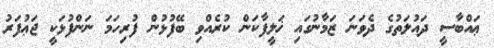
ޢައްބާސީ ދައުލަތުގެ ދެވަނަ ޒަމާނުގައި ޚަލީފާކަން ކުރެއްވި ބޭފުޅުން ފުރިހަމަ ނަންފުޅަކީ ޖަޢުފަރު